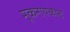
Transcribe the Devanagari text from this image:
मूकनायकाचे